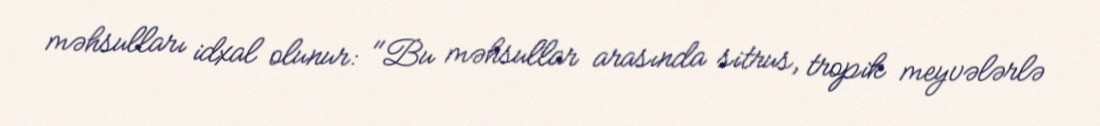
məhsulları idxal olunur: "Bu məhsullar arasında sitrus, tropik meyvələrlə